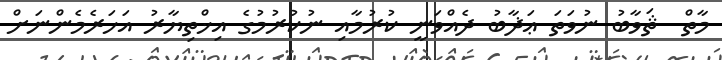
މާތް  ޘަވާބު ނުވަތަ ޢަޛާބު ދެއްވަނީ ކުރުމާއި ނުކުރުމުގެ އިޚްތިޔާރު އަހަރެމެންނަށް